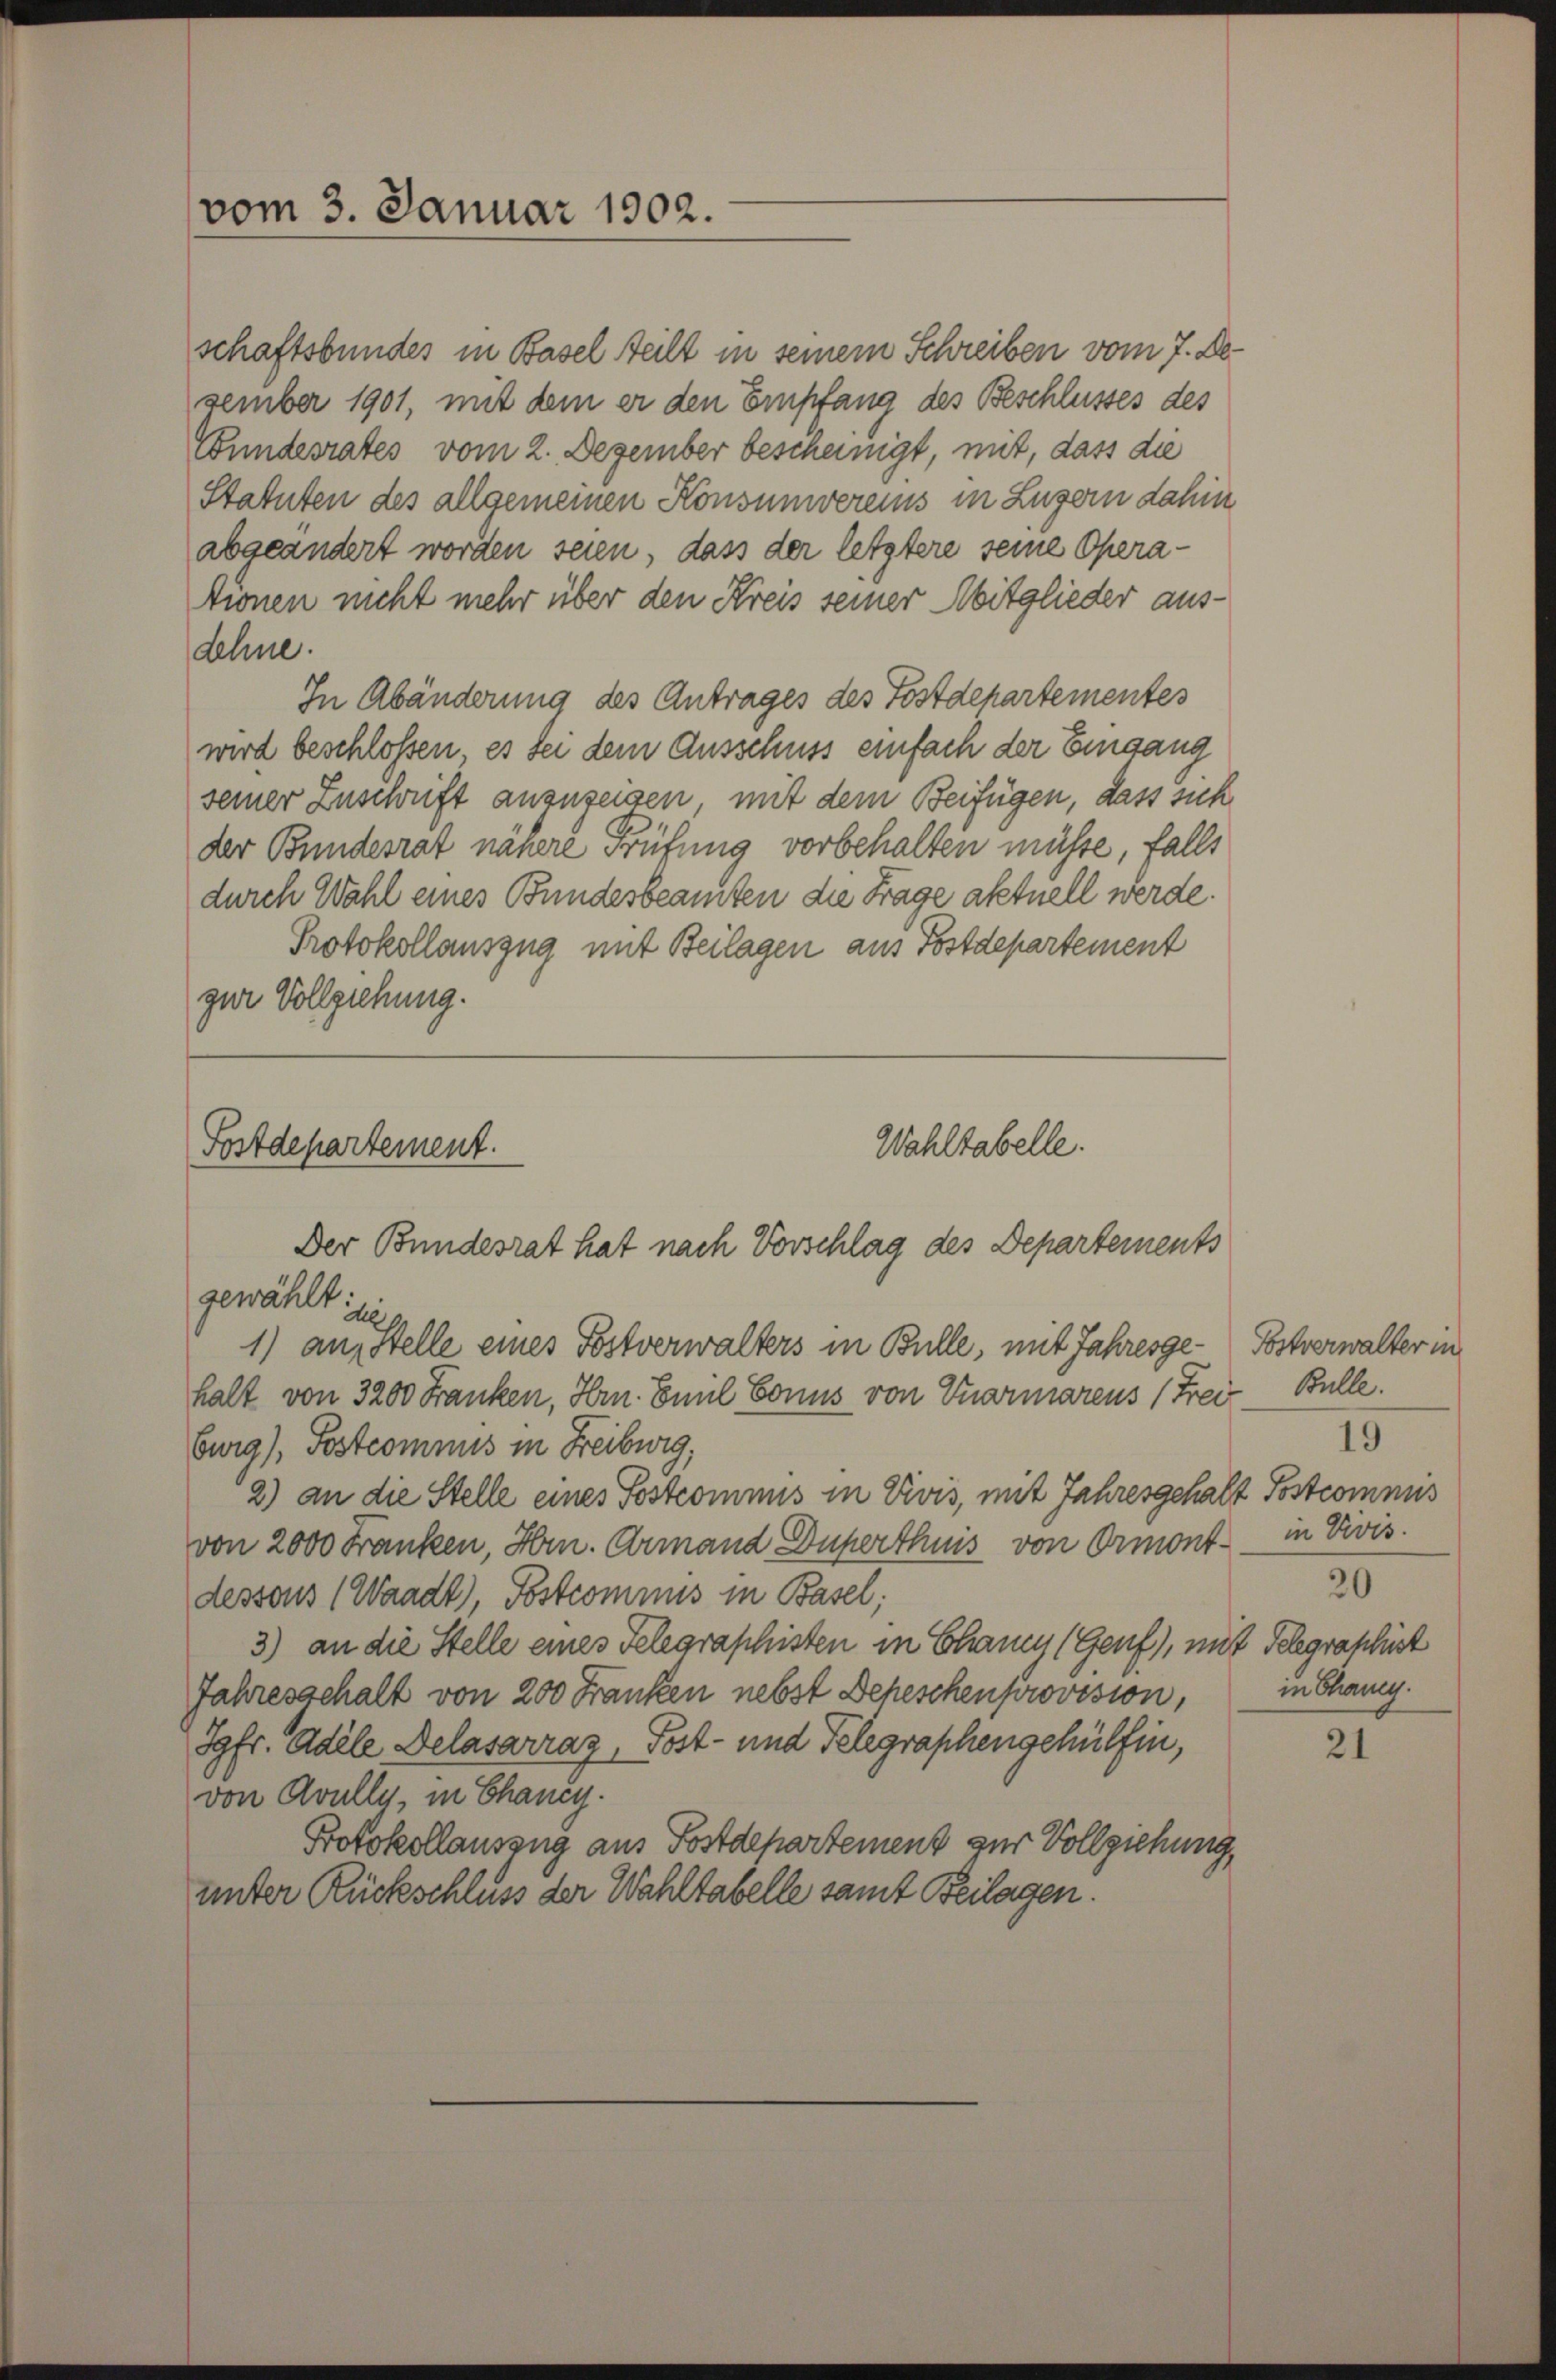
vom 3. Januar 1902.

schaftsbundes in Basel teilt in seinem Schreiben vom 7. De
zember 1901, mit dem er den Empfang des Beschlusses des
Bundesrates vom 2. Dezember bescheinigt, mit, dass die
Statuten des allgemeinen Konsumvereins in Luzern dahin
abgeändert worden seien, dass der letztere seine Operationen nicht mehr über den Kreis seiner Mitglieder ausdehne.
In Abänderung des Antrages des Postdepartementes
wird beschlossen, es sei dem Ausschuss einfach der Eingang
seiner Zuschrift anzuzeigen, mit dem Beifügen, dass sich
der Bundesrat nähere Prüfung vorbehalten müsse, falls
durch Wahl eines Bundesbeamten die Frage aktuell werde.
Protokollauszug mit Beilagen aus Postdepartement
zur Vollziehung.
Fostdepartement.
Wahltabelle.
Der Bundesrat hat nach Vorschlag des Departements
gewählt:
de
1) an Stelle eines Postverwalters in Bulle, mit Jahresgehalt von 3200 Franken, Hrn. Emil Sonus von Vuarmarens 1 Frei Bulle.
burg), Postcomnus in Freiburg,
2) an die Stelle eines Postcommis in Divis, mit Jahresgehalt Postcommis
von 2000 Franken, Hrn. Armand Duperthuis von Ormont in Divis.
dessous (Waadt, Postcommis in Basel;
3) an die Stelle eines Telegraphisten in Chanen (Genf), mit Telegraphist
Jahresgehalt von 200 Franken nebst Depeschen provision,
Jgfr. Adele Delasarraz, Post- und Telegraphengehülfen,
von Avully, in Chancy.
Protokollauszug aus Postdepartement zur Vollziehung,
unter Rückschluss der Wahltabelle samt Beilagen.

Postverwalter in
19
20
in Chang.

21